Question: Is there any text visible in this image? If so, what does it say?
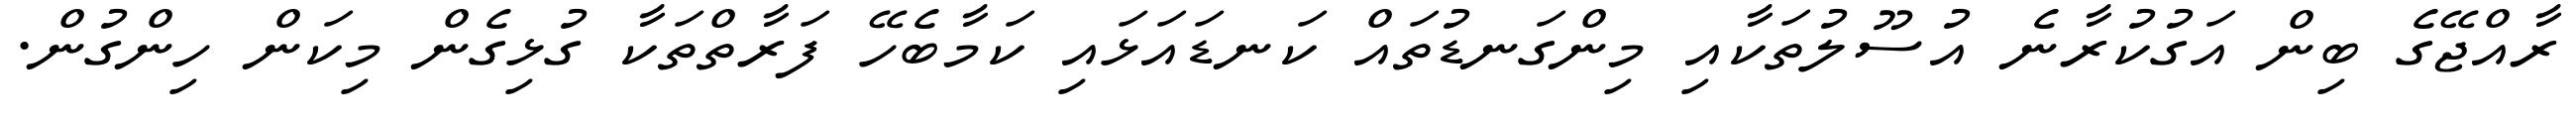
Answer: ރާއްޖޭގެ ބިން އަގުކުރާނެ އުސޫލުތަކާއި މިންގަނޑުތައް ކަނޑައަޅައި ކަމާބެހޭ ފަރާތްތަކާ ގުޅިގެން މިކަން ހިންގުން.